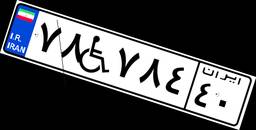
۷۸W۷۸۴۴۰